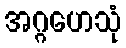
အဂ္ဂဟေသုံ